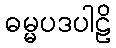
ဓမ္မပဒပါဠိ